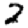
Digit: 2